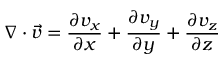
\nabla \cdot { \vec { v } } = { \frac { \partial v _ { x } } { \partial x } } + { \frac { \partial v _ { y } } { \partial y } } + { \frac { \partial v _ { z } } { \partial z } }